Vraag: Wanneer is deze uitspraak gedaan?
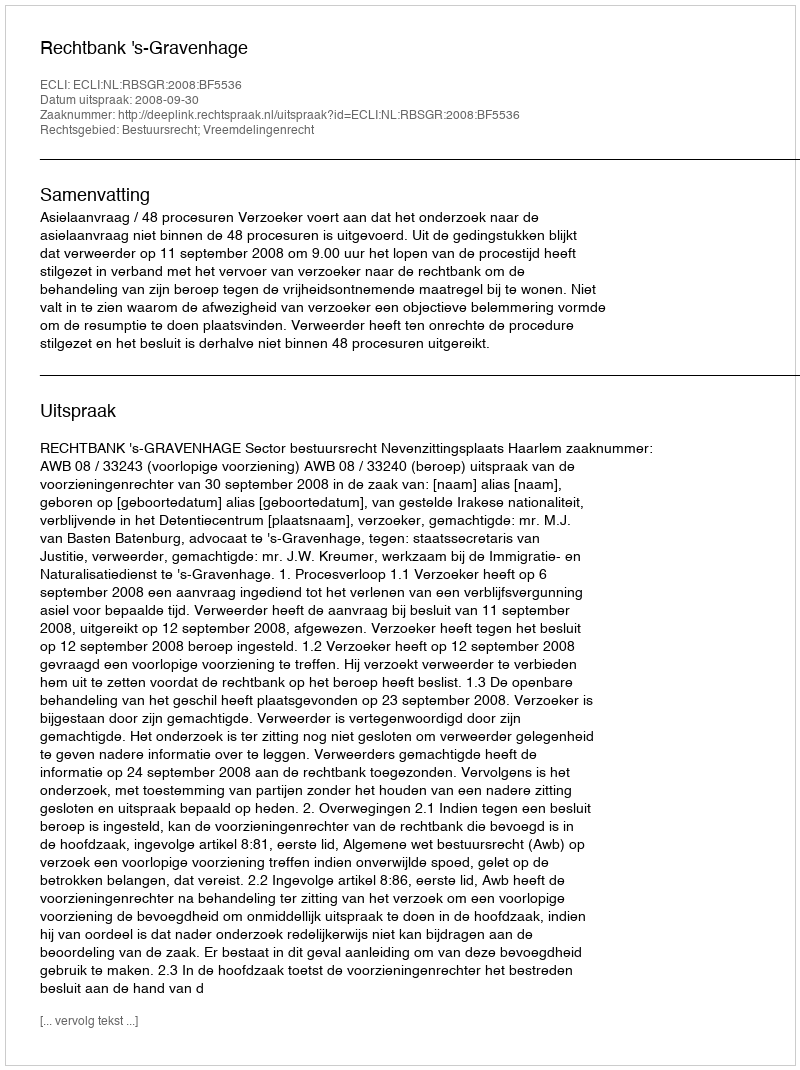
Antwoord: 2008-09-30